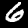
Digit: 6